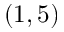
( 1 , 5 )